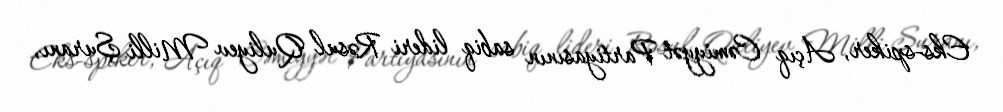
Eks-spiker, Açıq Cəmiyyət Partiyasının sabiq lideri Rəsul Quliyev Milli Şuranı,